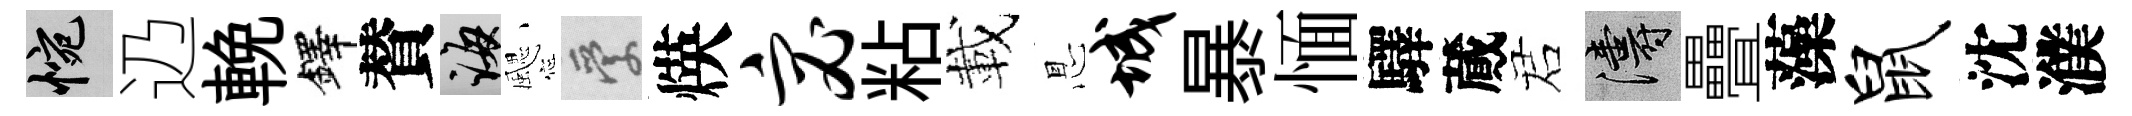
惋辸輓鐸賛誨颸愛煐宓粘載㤙城暴愐驛蕆诺濤疊藻鼠沈濮